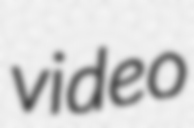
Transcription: video